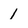
Character: 1